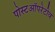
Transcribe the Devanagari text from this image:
पोस्टऑपरेटीव